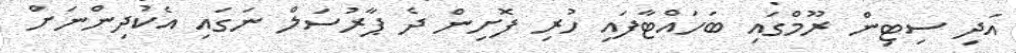
އަދި ސިޓިން ރޫމްގައި ބަހައްޓާފައި ހުރި ފޮށިން ދެ ޕާރުސަލް ނަގައި އެކުދިންނަށް